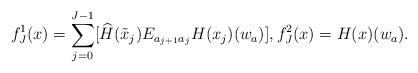
LaTeX: \begin{align*}f^1_J(x)=\sum_{j=0}^{J-1}[\widehat{H}(\tilde{x}_j)E_{a_{j+1}a_j}H(x_j)(w_{a})], f^2_J(x)=H(x)(w_{a}).\end{align*}